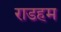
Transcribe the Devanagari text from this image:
राडहम